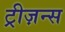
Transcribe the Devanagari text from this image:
ट्रीज़न्स